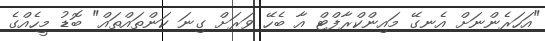
"އަހަރެންނަށް އެނގޭ މައިންކްރާފްޓް އާ ބެހޭ ވަރަށް ގިނަ ކަންތައްތައް" ބޮޑު މީހެއްގެ